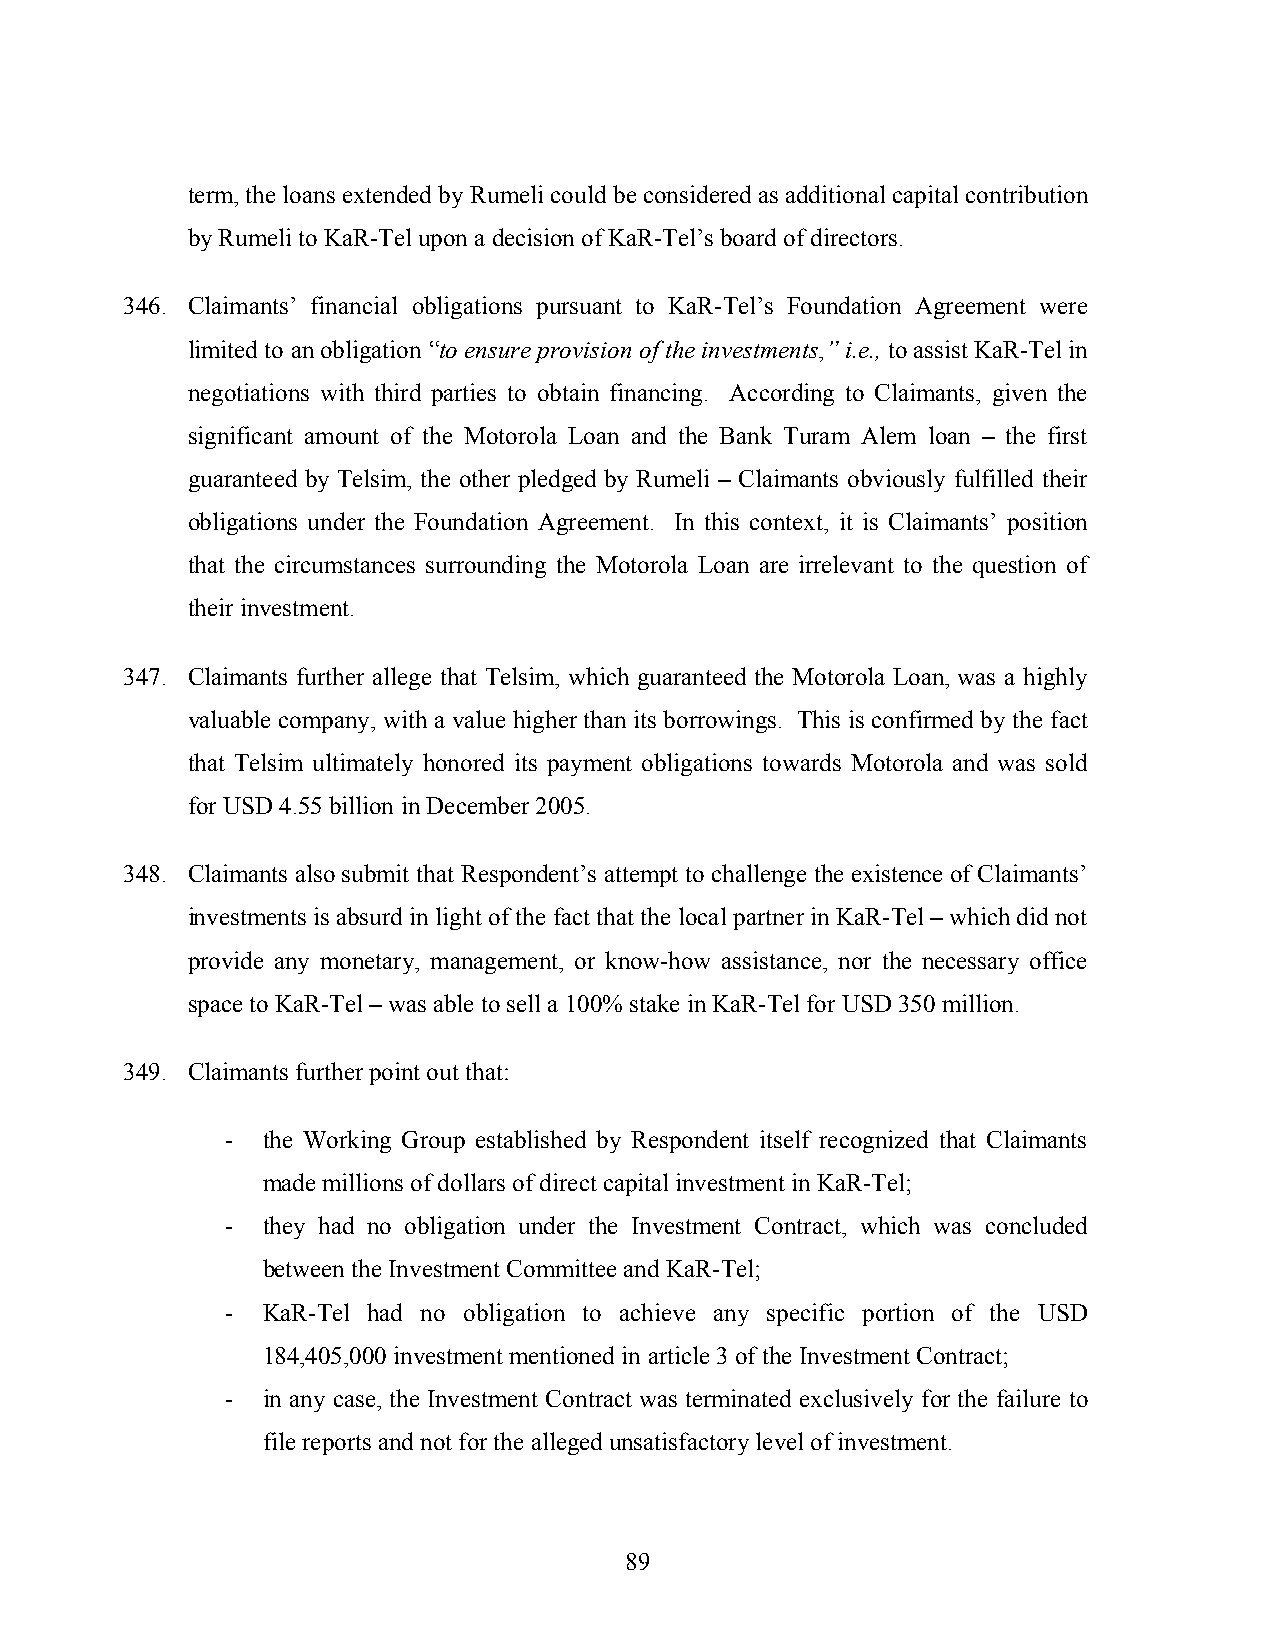
term, the loans extended by Rumeli could be considered as additional capital contribution
 by Rumeli to KaR-Tel upon a decision of KaR-Tel’s board of directors.
 346. Claimants’ financial obligations pursuant to KaR-Tel’s Foundation Agreement were
 limited to an obligation “to ensure provision of the investments,” i.e., to assist KaR-Tel in
 negotiations with third parties to obtain financing. According to Claimants, given the
 significant amount of the Motorola Loan and the Bank Turam Alem loan – the first
 guaranteed by Telsim, the other pledged by Rumeli – Claimants obviously fulfilled their
 obligations under the Foundation Agreement. In this context, it is Claimants’ position
 that the circumstances surrounding the Motorola Loan are irrelevant to the question of
 their investment.
 347. Claimants further allege that Telsim, which guaranteed the Motorola Loan, was a highly
 valuable company, with a value higher than its borrowings. This is confirmed by the fact
 that Telsim ultimately honored its payment obligations towards Motorola and was sold
 for USD 4.55 billion in December 2005.
 348. Claimants also submit that Respondent’s attempt to challenge the existence of Claimants’
 investments is absurd in light of the fact that the local partner in KaR-Tel – which did not
 provide any monetary, management, or know-how assistance, nor the necessary office
 space to KaR-Tel – was able to sell a 100% stake in KaR-Tel for USD 350 million.
 349. Claimants further point out that:
 - the Working Group established by Respondent itself recognized that Claimants
 made millions of dollars of direct capital investment in KaR-Tel;
 - they had no obligation under the Investment Contract, which was concluded
 between the Investment Committee and KaR-Tel;
 - KaR-Tel had no obligation to achieve any specific portion of the USD
 184,405,000 investment mentioned in article 3 of the Investment Contract;
 - in any case, the Investment Contract was terminated exclusively for the failure to
 file reports and not for the alleged unsatisfactory level of investment.
 89